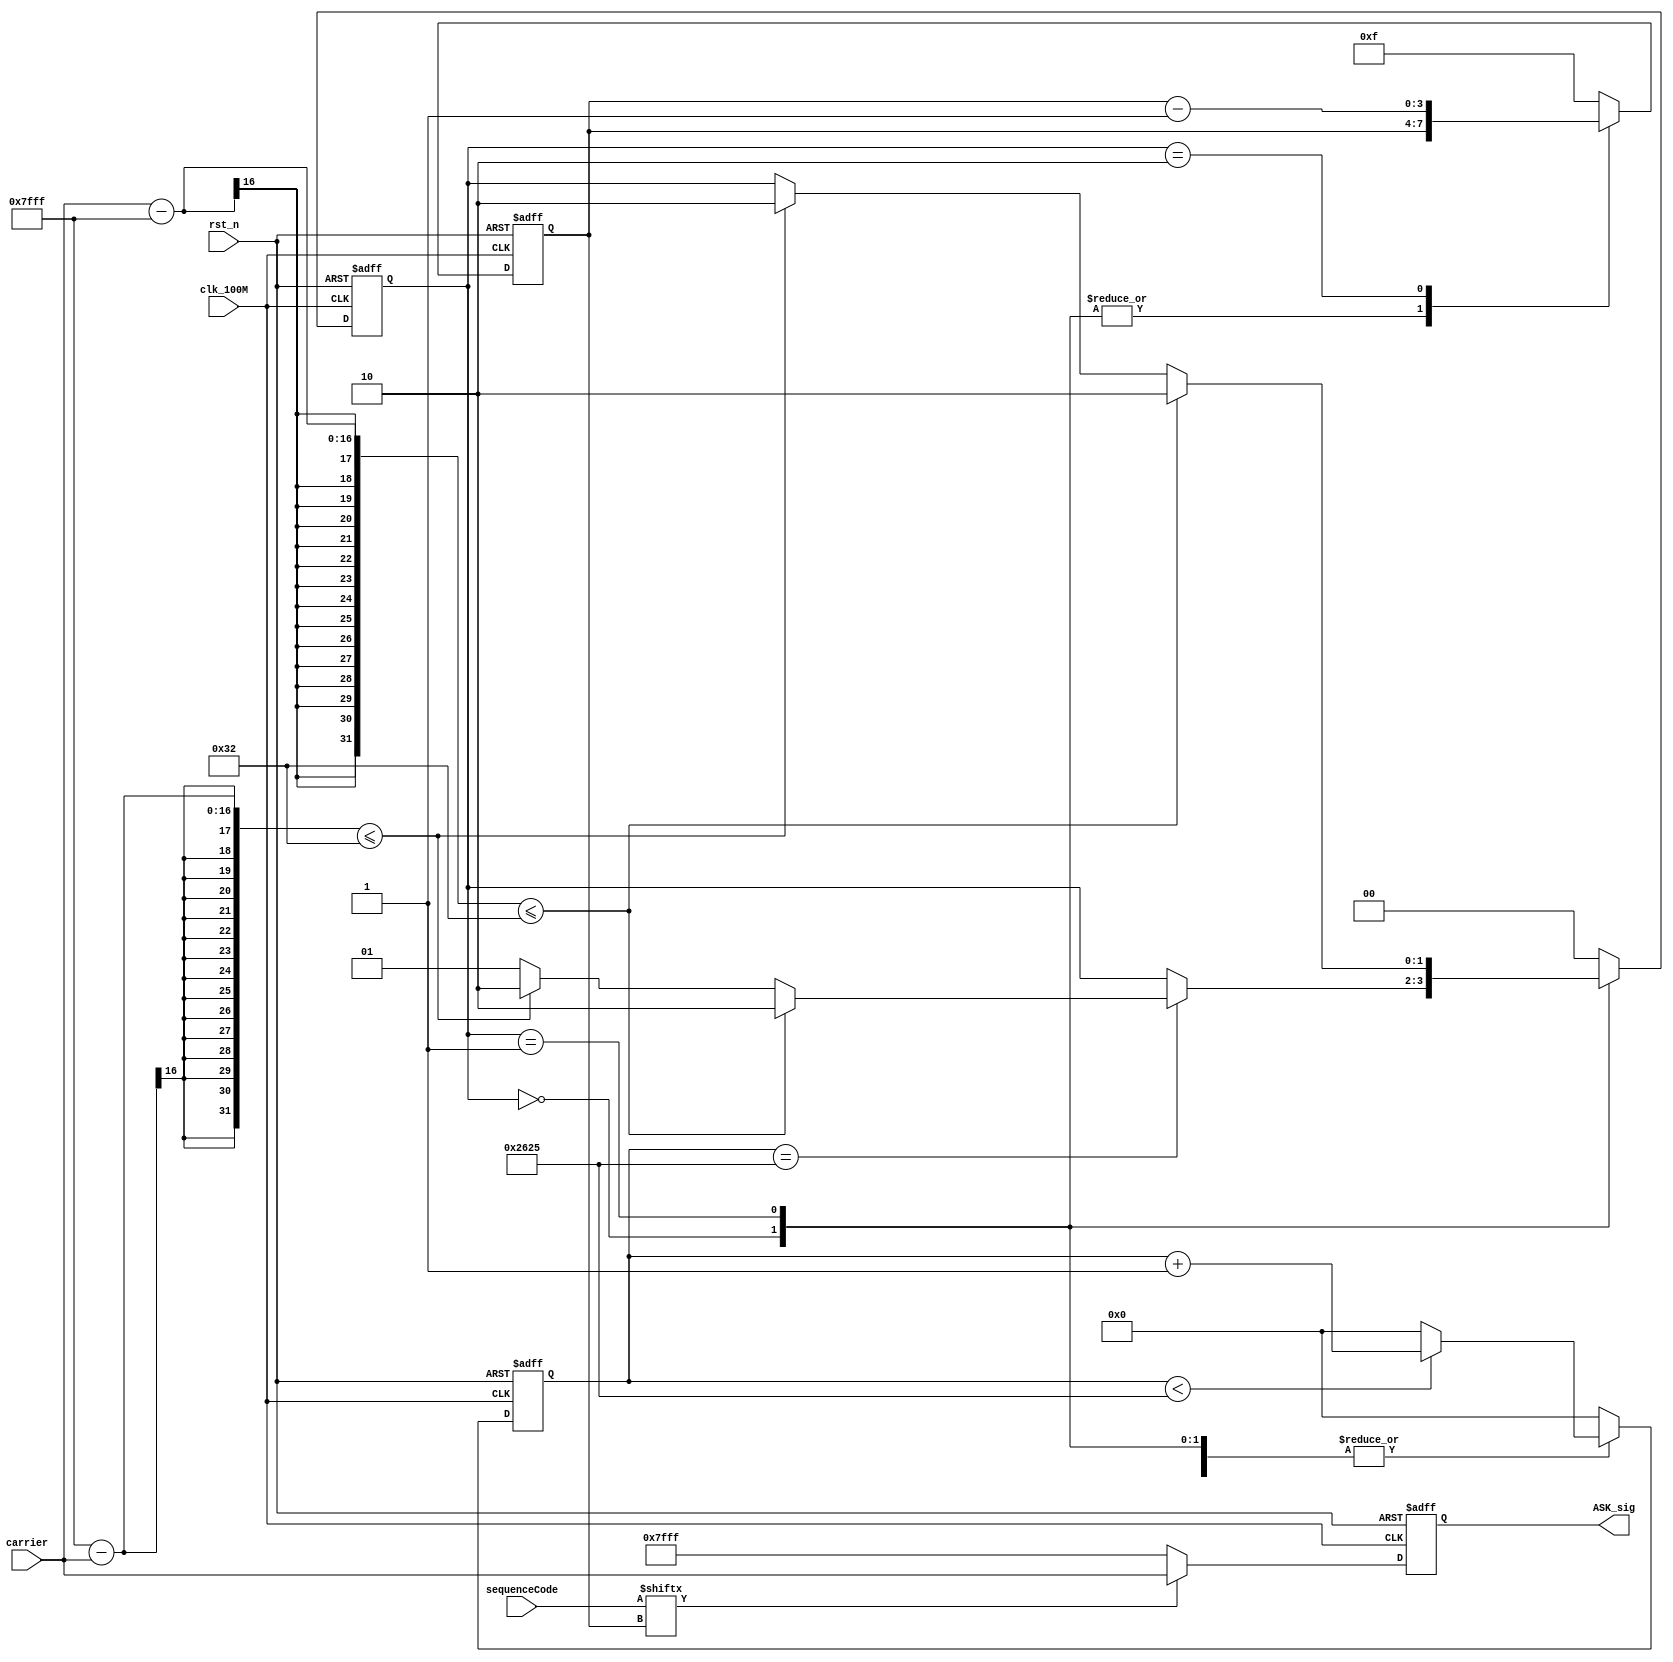
module ASK
       (
           input clk_100M,
           input rst_n,
           input [15: 0]carrier,
           input [15: 0]sequenceCode,

           output reg[15: 0]ASK_sig
       );

reg [31: 0]count;
reg [3: 0]sequence;
reg [1: 0]state;

always@(posedge clk_100M or negedge rst_n)
begin
    if (!rst_n)
    begin
        count <= 0;
        sequence <= 15;
        state = 0;
        ASK_sig <= 0;
    end
    else
    begin
        count <= (count < 9765) ? count + 1 : 0; //10239.6Hz

        case (state)
            0:
            begin
                if (count == 9765)
                begin
                    if (carrier - 32767 <= 50)
                    begin
                        state <= 2;
                    end
                    else if (32767 - carrier <= 50)
                    begin
                        state <= 2;
                    end
                    else
                    begin
                        state <= 1;
                    end
                end
            end
            1:
            begin
                if (carrier - 32767 <= 50)
                begin
                    state <= 2;
                end
                else if (32767 - carrier <= 50)
                begin
                    state <= 2;
                end
            end
            2:
            begin
                sequence <= sequence - 1;
                state <= 0;
            end
            default:
            begin
                count <= 0;
                sequence <= 15;
                state = 0;
                ASK_sig <= 0;
            end
        endcase

        ASK_sig <= (sequenceCode[sequence] == 1) ? carrier : 16'd32767;
    end
end
endmodule